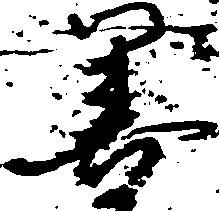
善